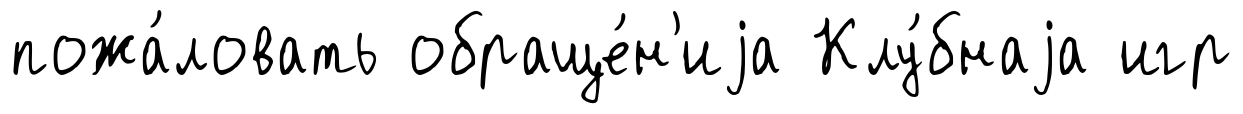
пожа́ловать обраще́н'иjа Клу́бнаjа игр